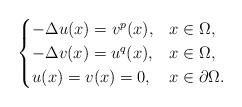
LaTeX: \begin{align*}\begin{cases}-\Delta u(x)=v^p(x), &x\in\Omega,\\-\Delta v(x)=u^q(x), &x\in\Omega, \\u(x)=v(x)=0, &x\in\partial \Omega.\\\end{cases}\end{align*}